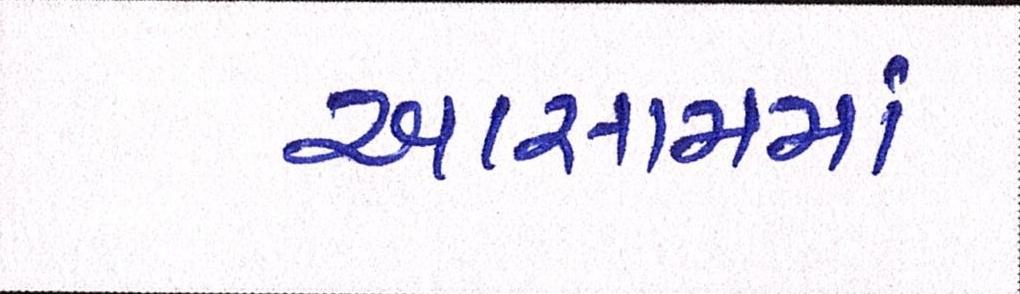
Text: આસામમાં